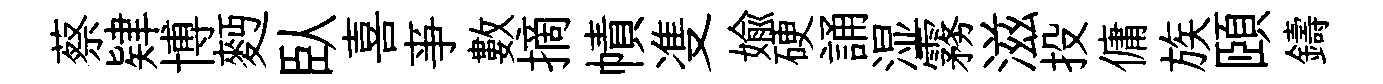
蔡肄博麪臥喜亊數摘幘㕠媮硬誦湿霧滋投傭族頤鑄